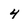
Character: 4